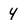
Character: 4